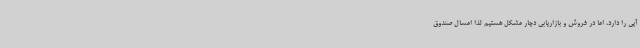
آپی را دارد، اما در فروش و بازاریابی دچار مشکل هستیم لذا امسال صندوق